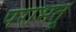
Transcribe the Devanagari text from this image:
पराभतू